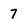
Character: 7